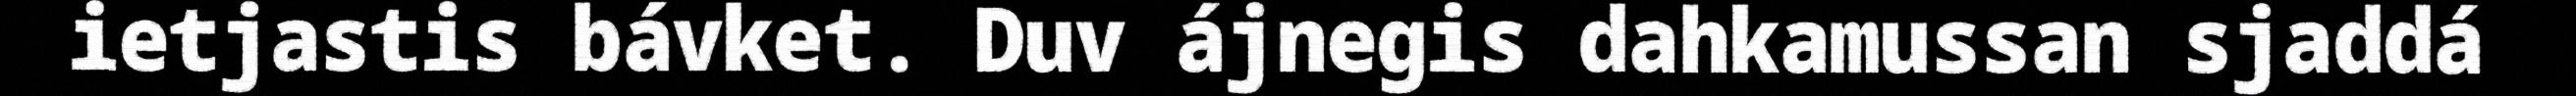
ietjastis bávket. Duv ájnegis dahkamussan sjaddá